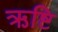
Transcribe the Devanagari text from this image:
ऋष्टि